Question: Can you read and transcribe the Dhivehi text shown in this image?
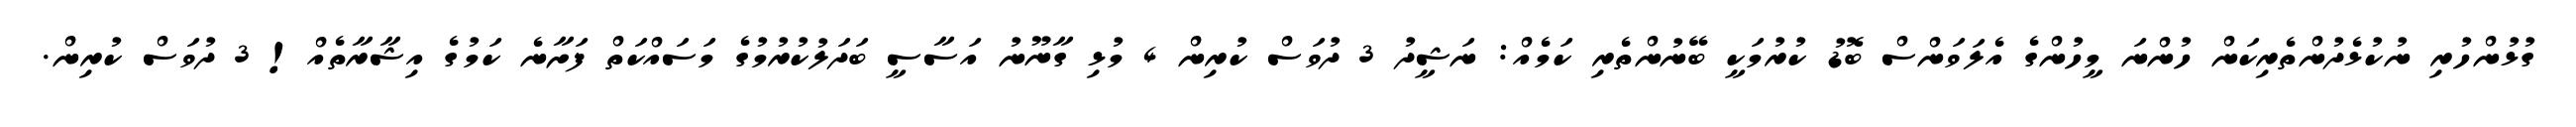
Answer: ގުޅުންހުރި ނުކުޅެދުންތެރިކަން ހުންނަ މީހުންގެ އެލަވަންސް ބޮޑު ކުރުމަކީ ބޭނުންތެރި ކަމެއް: ނަޝީދު 3 ދުވަސް ކުރިން 4 މުޅި ގާނޫނު އަސާސީ ބަދަލުކުރުމުގެ މަސައްކަތް ފަށާނެ ކަމުގެ އިޝާރާތެއް! 3 ދުވަސް ކުރިން.